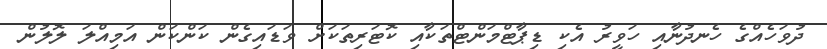
ދުވަހެއްގެ ހެނދުނާއި ހަވީރު އެކި ޑިޕާޓްމަންޓްތަކާއި ކޮޓަރިތަކަށް ވަޑައިގެން ކަންކަން އަމިއްލަ ލޮލުން